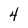
Character: 4